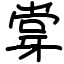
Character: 牚